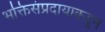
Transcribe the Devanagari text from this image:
भक्तिसंप्रदायाकडून